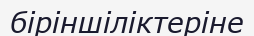
біріншіліктеріне